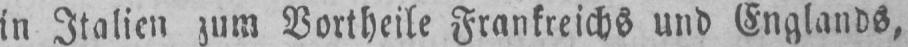
in Italien zum Vortheile Frankreichs und Englands,